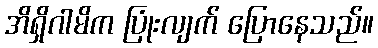
အိရှိဂါမိက ပြုံးလျက် ပြောနေသည်။